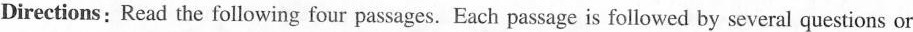
Directions: Read the following four passages. Each passage is followed by several questions or